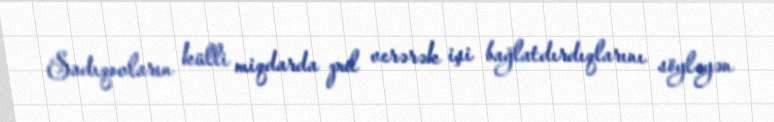
Sadıqovların külli miqdarda pul verərək işi bağlatdırdıqlarını söyləyən